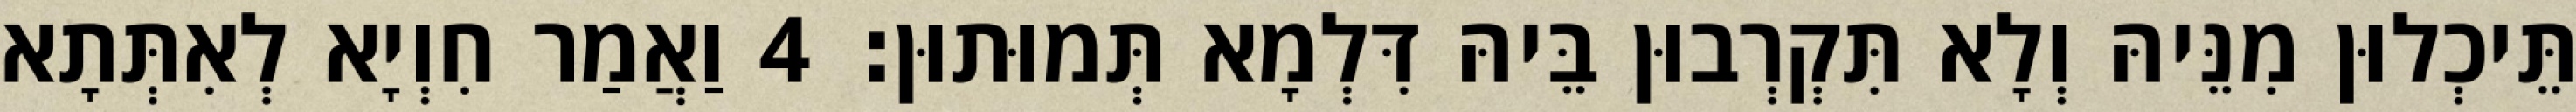
תֵּיכְלוּן מִנֵּיהּ וְלָא תִּקְרְבוּן בֵּיהּ דִּלְמָא תְּמוּתוּן׃ 4 וַאֲמַר חִוְיָא לְאִתְּתָא